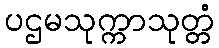
ပဌမသုက္ကာသုတ္တံ